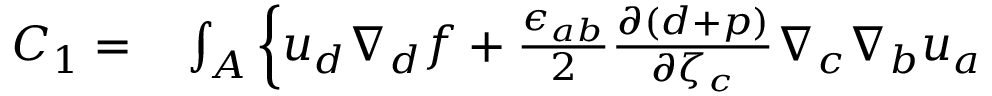
\begin{array} { r l } { C _ { 1 } = } & { { } \int _ { A } \left\{ u _ { d } \nabla _ { d } f + \frac { \epsilon _ { a b } } { 2 } \frac { \partial ( d + p ) } { \partial { \zeta } _ { c } } \nabla _ { c } \nabla _ { b } { u } _ { a } \right. } \end{array}